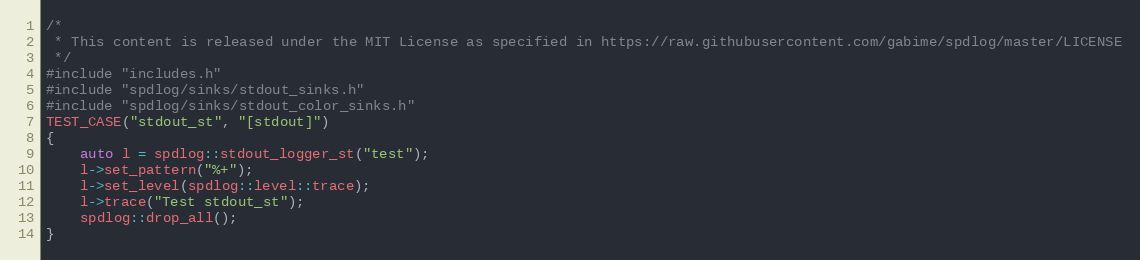
Language: C++
/*
 * This content is released under the MIT License as specified in https://raw.githubusercontent.com/gabime/spdlog/master/LICENSE
 */
#include "includes.h"
#include "spdlog/sinks/stdout_sinks.h"
#include "spdlog/sinks/stdout_color_sinks.h"
TEST_CASE("stdout_st", "[stdout]")
{
    auto l = spdlog::stdout_logger_st("test");
    l->set_pattern("%+");
    l->set_level(spdlog::level::trace);
    l->trace("Test stdout_st");
    spdlog::drop_all();
}